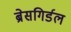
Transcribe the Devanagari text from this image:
ब्रेसगिर्डल